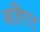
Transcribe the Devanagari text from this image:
बहिरट